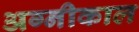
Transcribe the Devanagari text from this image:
अग्नीकाल